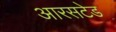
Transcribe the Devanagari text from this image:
आरसटेड